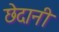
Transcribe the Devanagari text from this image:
छेदानी